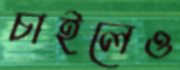
চাইলেও